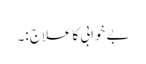
بے خوابی کا علاج :۔